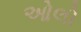
ઓલો